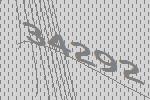
34292